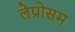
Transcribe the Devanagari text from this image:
लेप्रोसम